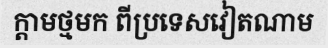
ក្តាមថ្មមក ពីប្រទេសវៀតណាម